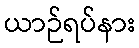
ယာဉ်ရပ်နား